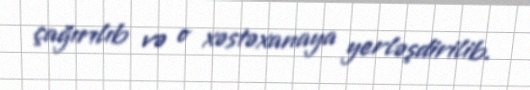
çağırılıb və o xəstəxanaya yerləşdirilib.